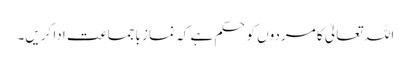
اللہ تعالیٰ کا مردوں کوحکم ہے کہ نماز باجماعت ادا کریں۔